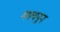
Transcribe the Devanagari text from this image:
मधयनून